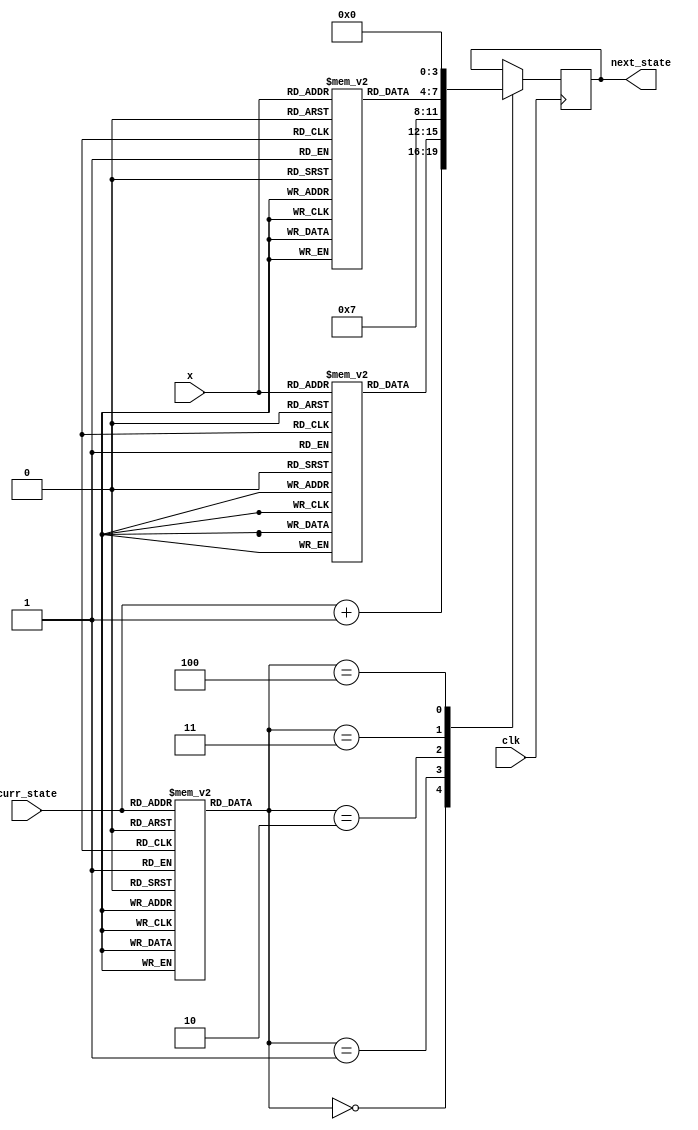
`timescale 1ns / 1ps
//////////////////////////////////////////////////////////////////////////////////
// Company: 
// Engineer: 
// 
// Design Name: 
// Module Name:    fsmROM 
// Project Name: 
// Target Devices: 
// Tool versions: 
// Description: 
//
// Dependencies: 
//
// Revision: 
// Revision 0.01 - File Created
// Additional Comments: 
//
//////////////////////////////////////////////////////////////////////////////////
module fsmROM(clk, x, curr_state, next_state);
input clk;
input [1:0] x;
input [3:0] curr_state;
output [3:0] next_state;
reg [3:0] next_state;
reg [2:0] mrom[12:0];
reg [3:0] drom1[3:0], drom2[3:0];
reg counter = 0;

initial begin
	drom1[0] <= 4'b0100;
	drom1[1] <= 4'b0101;
	drom1[2] <= 4'b0110;
	drom1[3] <= 4'b0110;

	drom2[0] <= 4'b1011;
	drom2[1] <= 4'b1100;
	drom2[2] <= 4'b1100;
	drom2[3] <= 4'b1100;

	mrom[0] <= 3'b000;
	mrom[1] <= 3'b000;
	mrom[2] <= 3'b000;
	mrom[3] <= 3'b001;
	mrom[4] <= 3'b010;
	mrom[5] <= 3'b010;
	mrom[6] <= 3'b000;
	mrom[7] <= 3'b000;
	mrom[8] <= 3'b000;
	mrom[9] <= 3'b000;
	mrom[10] <= 3'b011;
	mrom[11] <= 3'b100;
	mrom[12] <= 3'b100;
end

always@(posedge clk) begin
	case(mrom[curr_state])
		3'b000: next_state <= curr_state + 1;
		3'b001: next_state <= drom1[x];
		3'b010: next_state <= 7;
		3'b011: next_state <= drom2[x];
		3'b100: next_state <= 0;
	endcase
end
endmodule